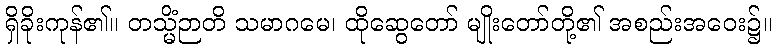
ရှိခိုးကုန်၏။ တသ္မိံဉာတိ သမာဂမေ၊ ထိုဆွေတော် မျိုးတော်တို့၏ အစည်းအဝေး၌။